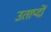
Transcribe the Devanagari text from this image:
उताप्दों